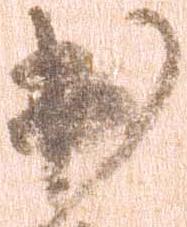
出